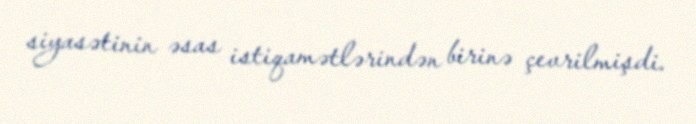
siyasətinin əsas istiqamətlərindən birinə çevrilmişdi.